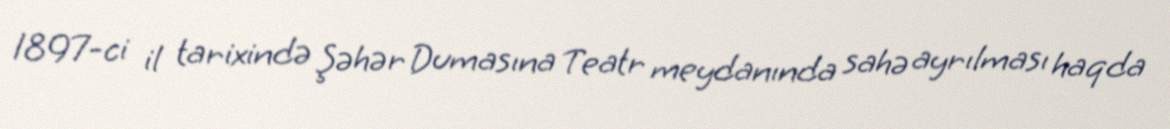
1897-ci il tarixində Şəhər Dumasına Teatr meydanında sahə ayrılması haqda